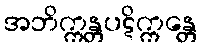
အဘိက္ကန္တပဋိက္ကန္တေ